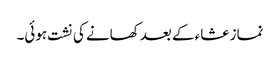
نماز عشاء کے بعد کھانے کی نشت ہوئی۔